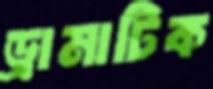
ড্রামাটিক